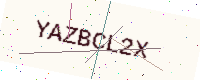
Text: YAZBCL2X